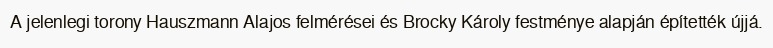
A jelenlegi torony Hauszmann Alajos felmérései és Brocky Károly festménye alapján építették újjá.